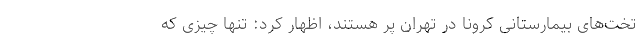
تخت‌های بیمارستانی کرونا در تهران پر هستند، اظهار کرد: تنها چیزی که